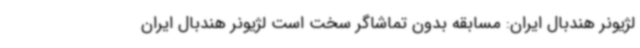
لژیونر هندبال ایران: مسابقه بدون تماشاگر سخت است لژیونر هندبال ایران